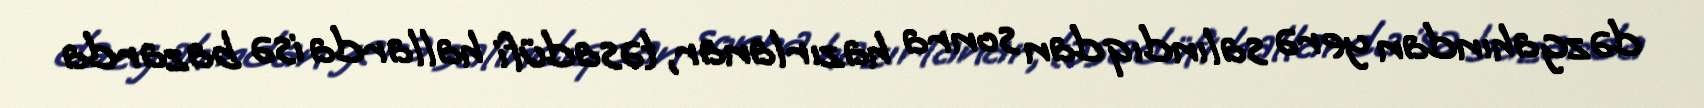
dəzgahından yerə salındıqdan sonra hazırlanar, təsadüfi hallarda isə bazarda